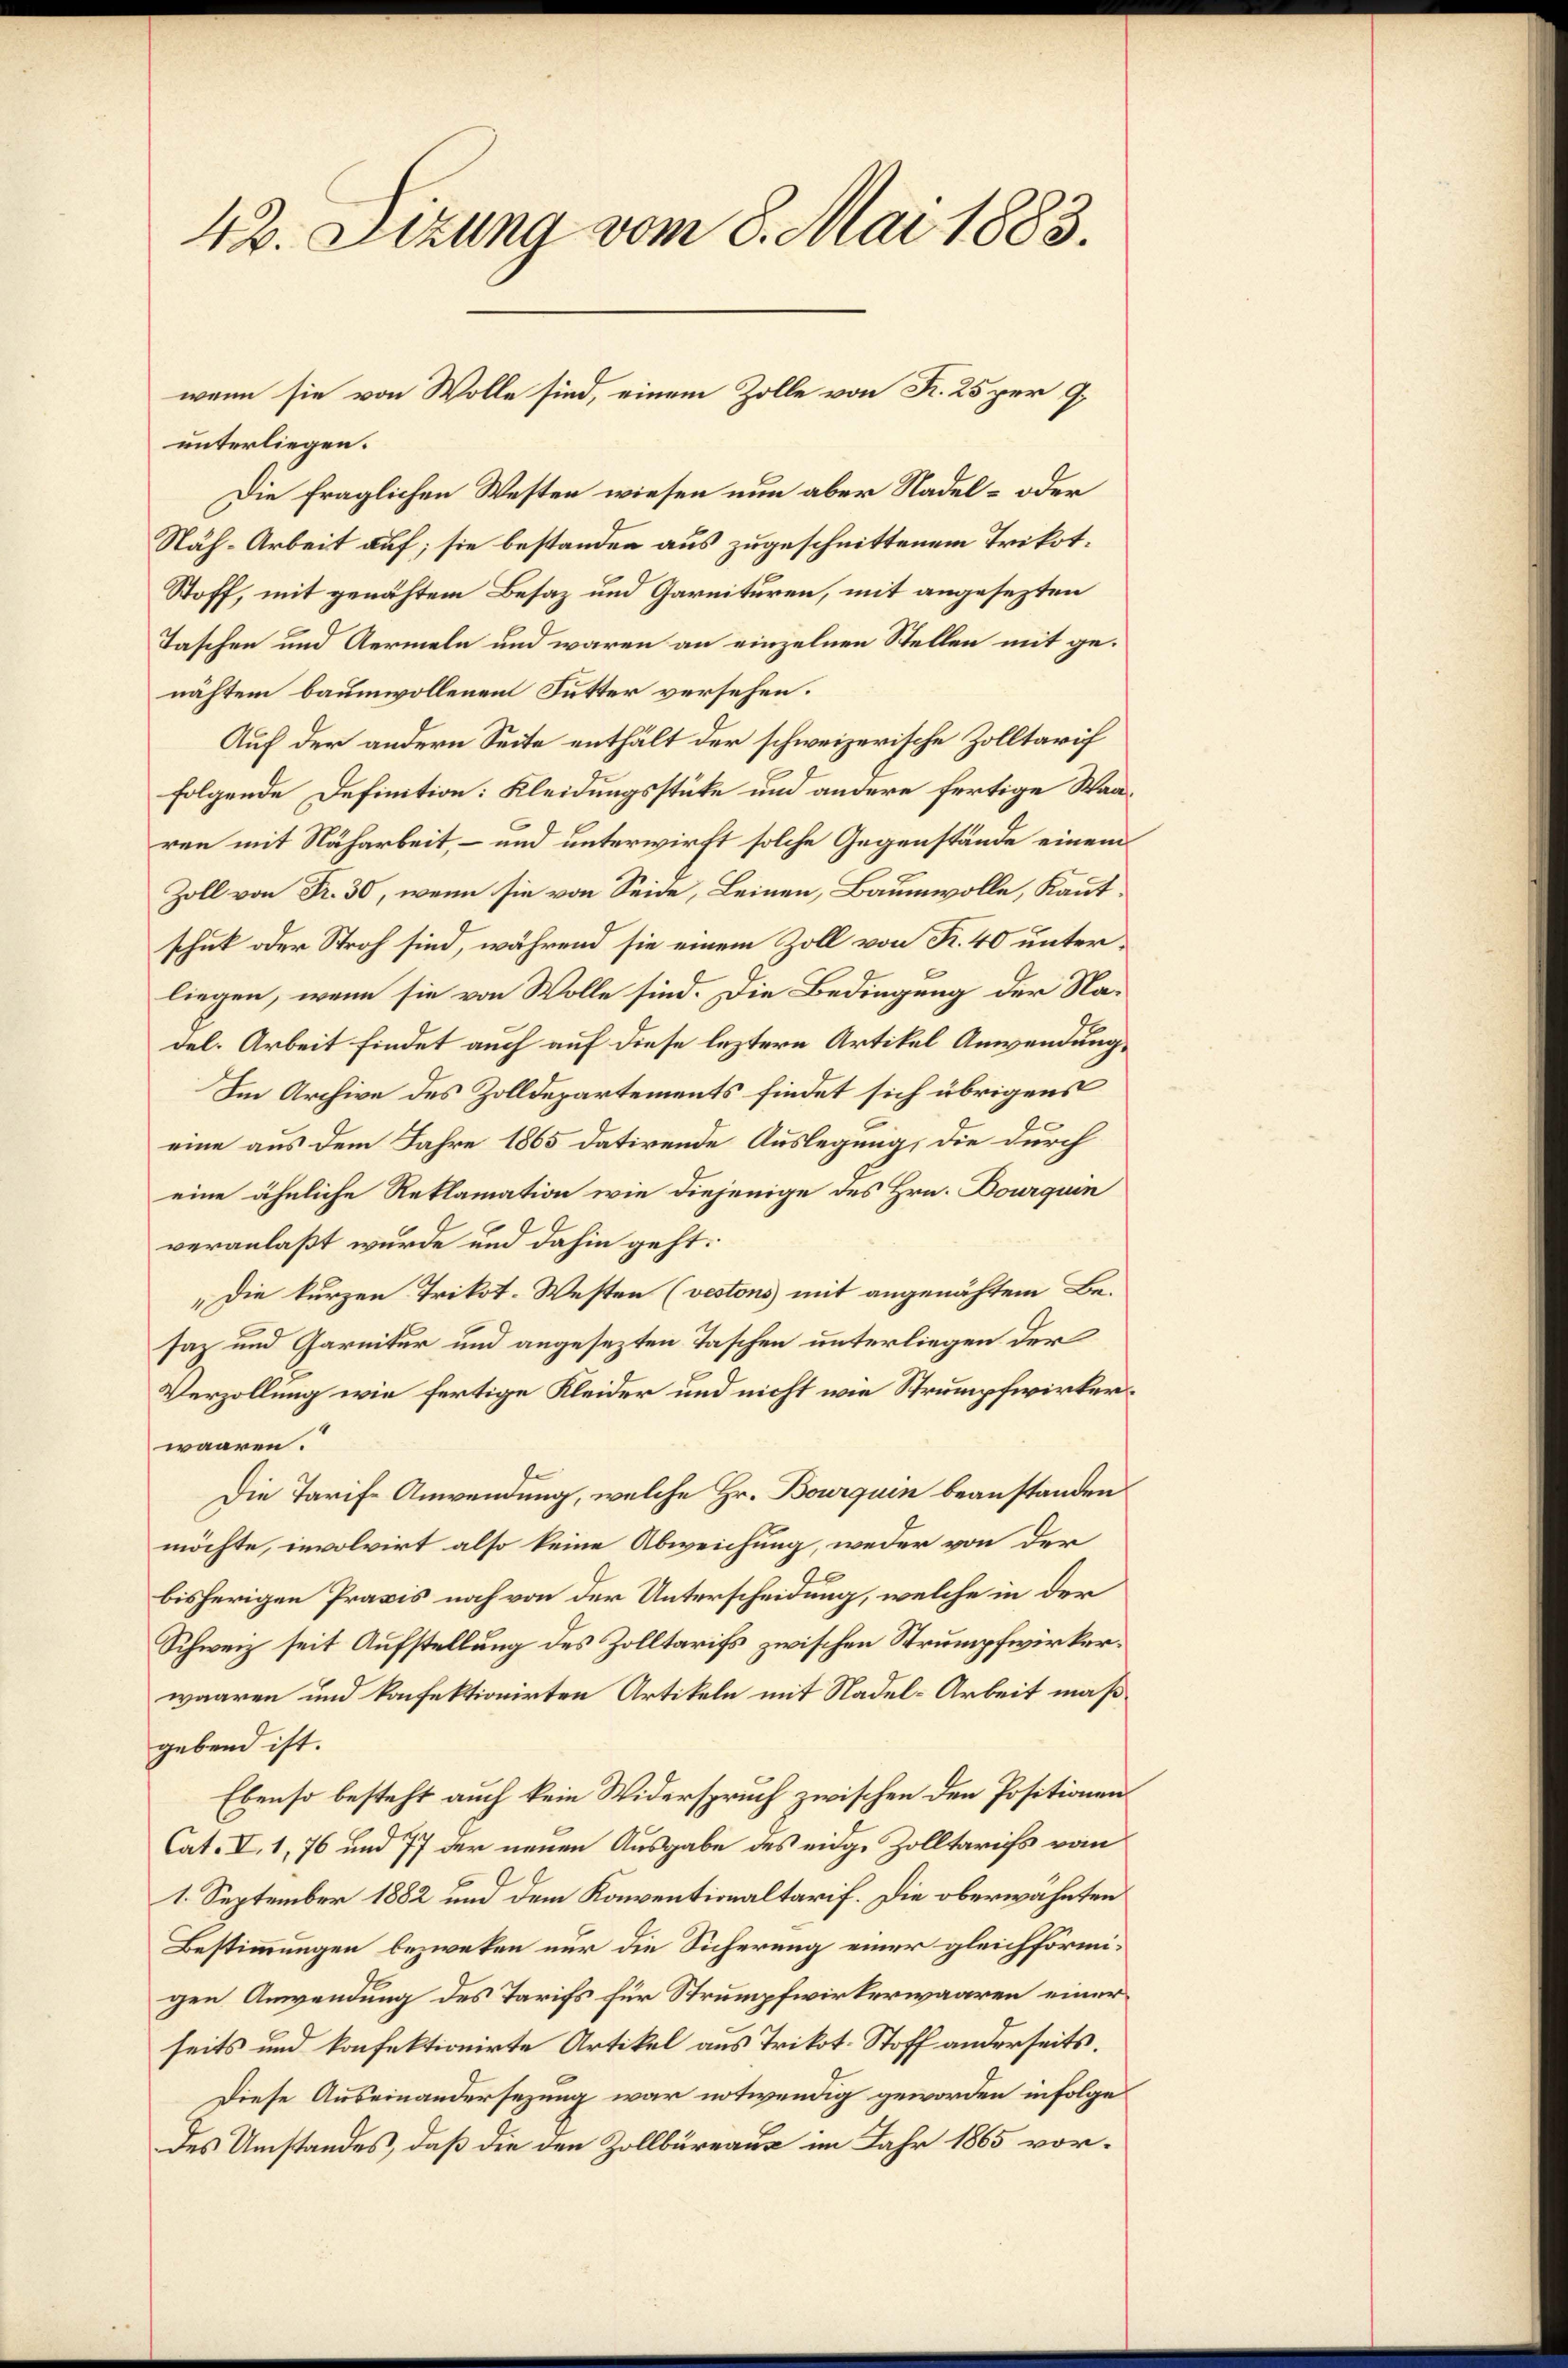
42. Sizung vom 8. Mai 1883.

unterliegen.
Die fraglichen Westen wiesen nun aber Nadel- oder
Näh-Arbeit auf; sie bestanden aus zugeschnittenem Trikot¬
Stoff, mit genähtem Besaz und Garnituren, mit angesezten
Taschen und Aermeln und waren an einzelnen Stellen mit genähtem baumwollenen Futter versehen.
Auf der andern Seite enthält der schweizerische Zolltarif
folgende Definition: Kleidungsstüke und andere fertige Waaren mit Naharbeit, – und unterwirft solche Gegenstände einem
Zoll von Fr. 30, wenn sie von Seide, Leinen, Baumwolle, Kautschuk oder Stroh sind, während sie einem Zoll von R. 40 unterliegen, wenn sie von Wolle sind. Die Bedingung der Nadel. Arbeit findet auch auf diese leztere Artikel Anwendung,
Im Archive des Zolldepartements findet sich übrigens
eine aus dem Jahre 1865 datirende Auslegung, die durch
eine ähnliche Reklamation wie diejenige des Hrn. Dourquin
veranlaßt wurde und dahin geht:
"Die kurzen Trikot-Westen (vestons mit angenähtem Be-
saz und Garnitur und angesezten Taschen unterliegen der
Verzollung wie fertige Kleider und nicht wie Strumpfwirkerwaaren.
e
Die Tarife Anwendung, welche Hr. Bourquin beanstanden
möchte, involvirt also keine Abweichung, weder von der
bisherigen Praxis noch von der Unterscheidung, welche in der
Schweiz seit Aufstellung des Zolltarifs zwischen Strumpfwirkerwaaren und konfektionirten Artikeln mit Nadel-Arbeit maßgebend ist.
Ebenso besteht auch kein Widerspruch zwischen den Positionen
Cat. I. 1, 76 und 77 der neuen Ausgabe des eidge Zolltarifs vom
1. September 1882 und dem Konventionaltarif. Die oberwähnten
Bestimmungen bezweken nur die Sicherung einer gleichförmigen Anwendung des Tarifs für Strumpfwirkerwaaren einer
seits und konfektionirte Artikel aus Trikot. Stoff anderseits.
Diese Auseinandersezung war notwendig geworden infolge
des Umstandes, daß die den Zollbüreaus im Jahr 1865 vor¬

wenn sie von Wolle sind, einem Zolle von K. 25 per 9.